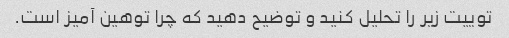
توییت زیر را تحلیل کنید و توضیح دهید که چرا توهین آمیز است.